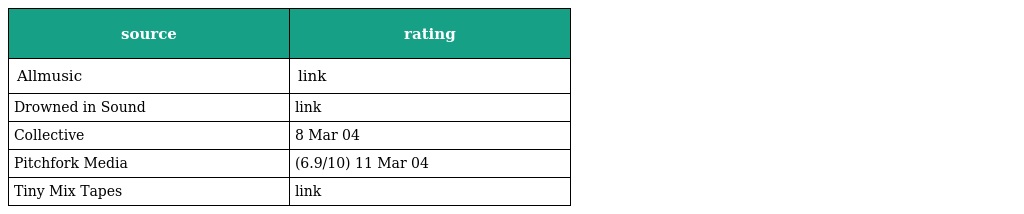
| source | rating |
 | --- | --- |
 | Allmusic | link |
 | Drowned in Sound | link |
 | Collective | 8 Mar 04 |
 | Pitchfork Media | (6.9/10) 11 Mar 04 |
 | Tiny Mix Tapes | link |